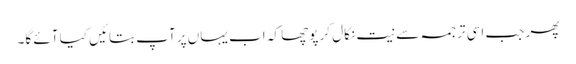
پھر جب اسی ترجمہ سے نیت نکال کر پوچھا کہ اب یہاں پر آپ بتائیں کیا آئے گا۔